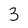
Character: 3